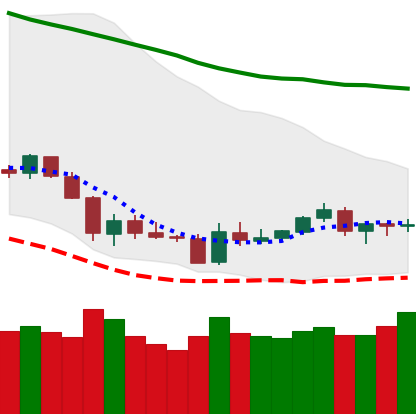
Ticker: LTC-USD
Chart end date: 2018-06-07
Forward return: -17.026%
Label: down_7plus